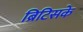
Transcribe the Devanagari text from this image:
ब्रिटिसके